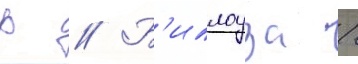
р // Б'иллоуза /